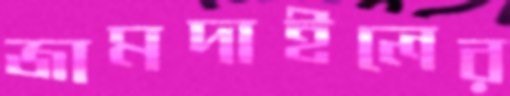
জামদাইলের